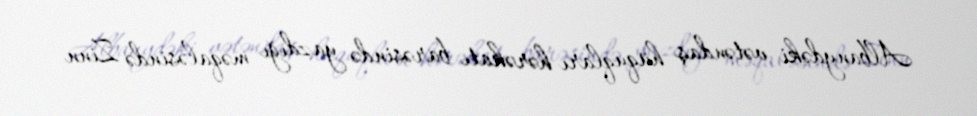
Albanydəki vətəndaş hüquqları hərəkatı barəsində yazdığı məqaləsində Zinn